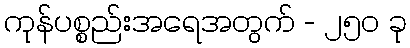
ကုန်ပစ္စည်းအရေအတွက် - ၂၅၀ ခု